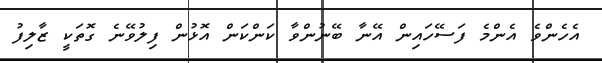
އެހެންވެ އެންމެ ފަސޭހައިން އޭނާ ބޭނުންވާ ކަންކަން އޮޅުން ފިލުވޭނެ ގޮތަކީ ޒާލިފު